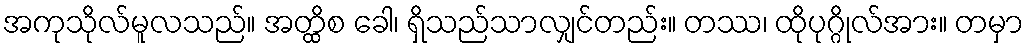
အကုသိုလ်မူလသည်။ အတ္ထိစ ခေါ၊ ရှိသည်သာလျှင်တည်း။ တဿ၊ ထိုပုဂ္ဂိုလ်အား။ တမှာ